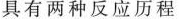
具有两种反应历程